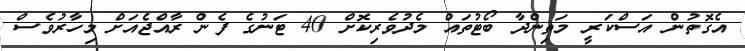
އެގޮތުން އަސްކަރީ މަތިންދާ ބޯޓުތައް މެދުވެރިކޮށް 40 ޓަނުގެ ފެން ރާއްޖެއަށް މިހާރުވެސް